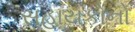
સહાયકોનો